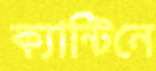
ক্যান্টিনে